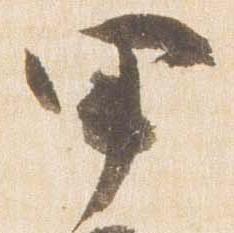
甲